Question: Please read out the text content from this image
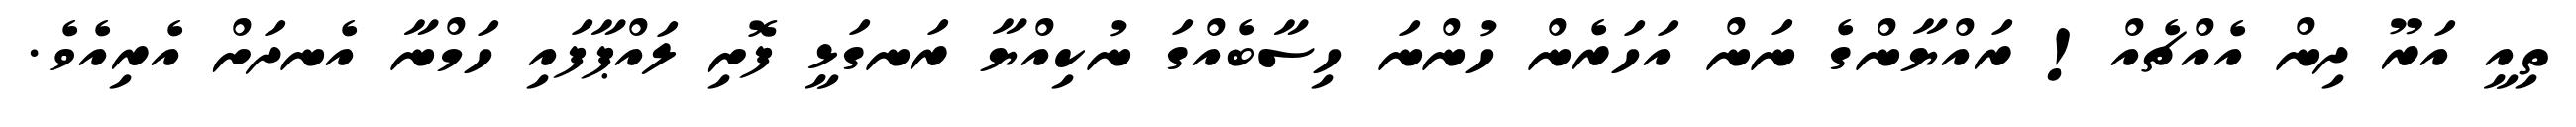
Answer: ތިއީ އަރޫ ދިން އެއްޗެއް! ރައްޔާންގެ ނަން އަހަރެން ހުންނަ ހިސާބެއްގަ ނުކިއްޔާ ރަނގަޅީ ފޮށި ލައްޕާފައި ހަމްނާ އެނދަށް އެރިއެވެ.